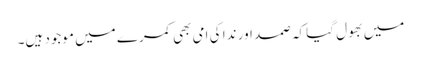
میں بھول گیا کہ صمد اور ندا کی امی بھی کمرے میں موجود ہیں۔